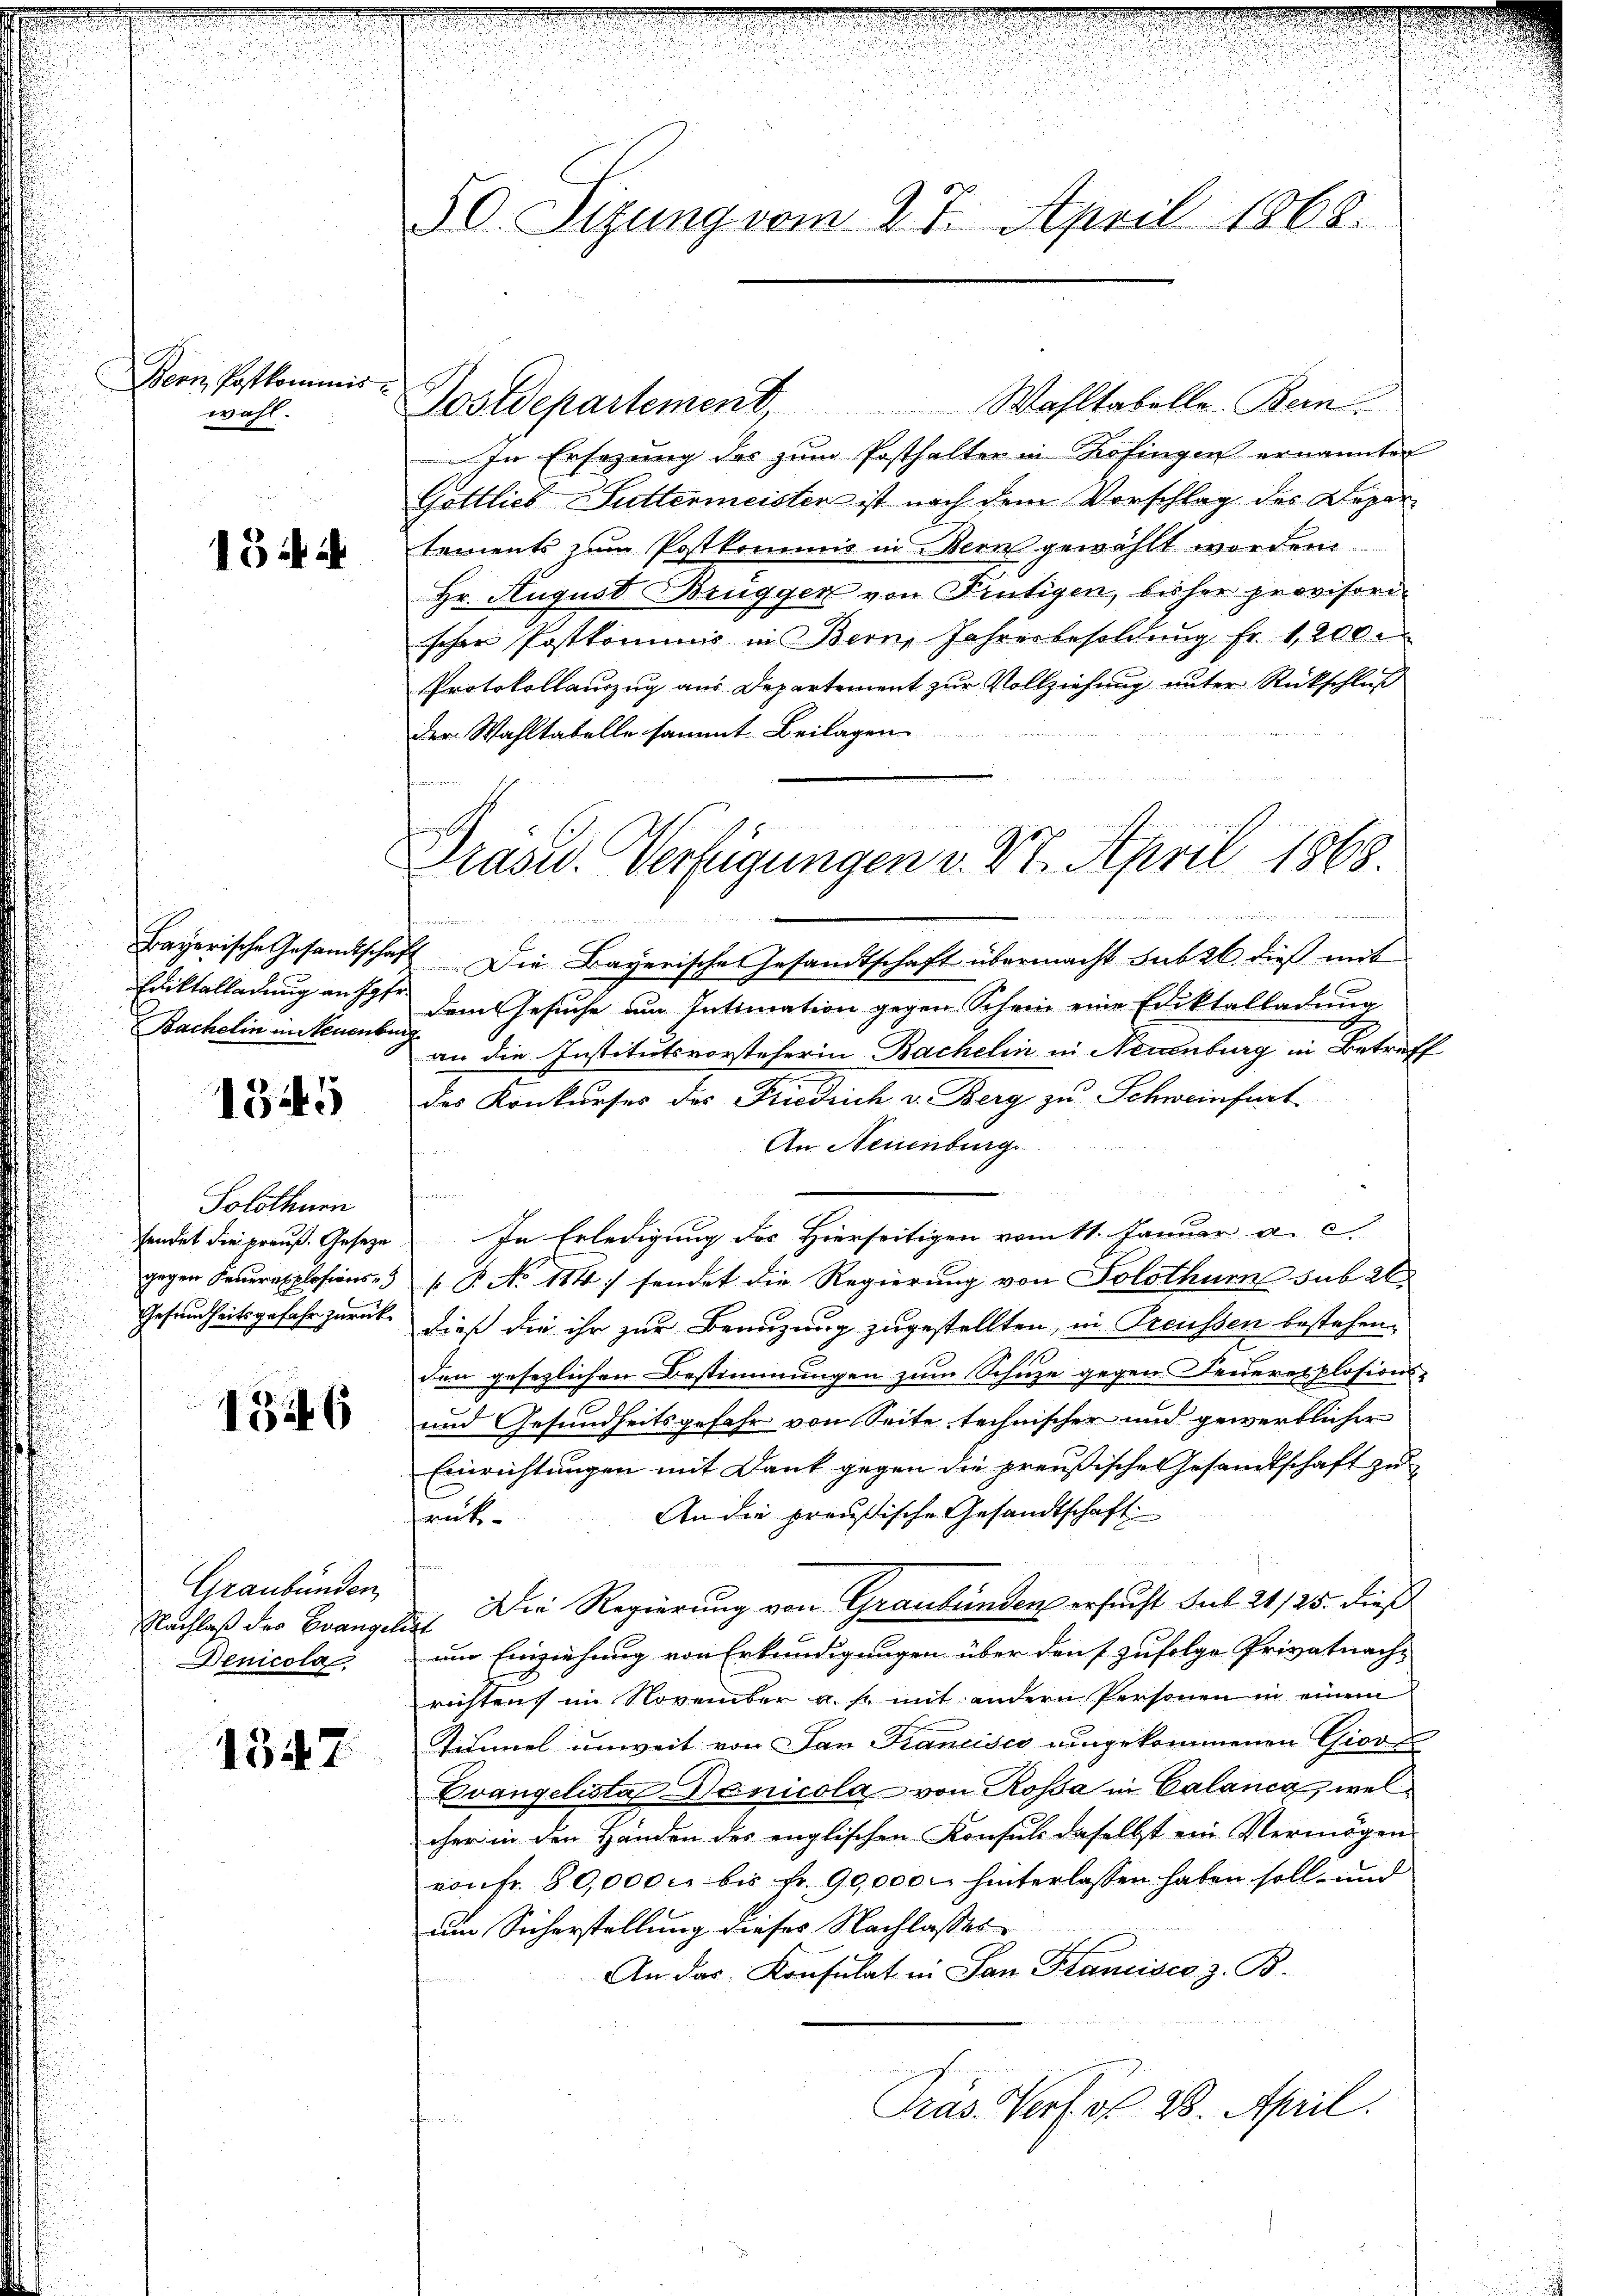
ern Postkommis
wahl.

15 f 2

Bayerische Gesandtschaf
Friktalladung an Jgfr.
Bachelin in Neuenbur

1345

Solothurn
fendet die preuß. Geseze
gegen Feuerexplosions-
Gesundheitsgefahr zurück¬

1326

Graubünden,
Nachlaß des Evange
Denicola

1347

50. Sizung vom 27. April 1868.

ie

Nostdepartement Wahltabelle Bern.
In Ersezung des zum Posthalter in Kofingen ernannten
Gottlieb Suttermeisten ist nach dem Vorschlag des Departements zum Postkommis in Bern gewählt worden.
Hr. August Brüggen von Frutigen, bisher provisorischer Postkommis in Bern, Jahresbesoldung fr. 1200
Protokollauszug aus Departement zur Vollziehung unter Rückschluß
der Wahltabelle sammt Beilagen

Die Bayerische Gesandtschaft übermacht sub 26. dieß mit
dem Gesuche am Intimation gegen Schein eine Ediktalladung
an die Institutsvorsteherin Bachelin in Neuenburg in Betriff
das Konkurses des Friedrich v. Berg zu Schweinfert
An Neuenburg.
f

In Erledigung des Hierseitigen vom 11. Januar a. c.
B No 114) sendet die Regierung von Solothurn sub 26
dieß die ihr zur Beanzung zugestellten, in Treussen bestehen,
den gesezlichen Bestimmungen zum Schutze gegen Feuerexplosions¬
und Gesundheitsgefahr von Seite technischer und gewerblicher
Einrichtungen mit Dank gegen die preußische Gesandtschaft zu
An die preußische Gesandtschaft
rük¬
Die Regierung von Graubünden ersucht sub 21/25. dieß
t
um Einziehung von Erkundigungen über den (zufolge Privatnachrichtens im November u. s. mit andern Personen in einem
Tunnel unweit von San Francisco eingekommenen Giov
Evangelista Denicolg von Rossa in Calang, welcher in den Händen des englischen Konsuls daselbst ein Vermögen
von fr. 80,000. bis Fr. 90,000. hinterlassen haben soll, und
um Sicherstellung dieses Nachlasses
An das Konsulat in San Stanisce z. B.
Pras. Verf. 28. April.

ut
Präsid. Verfügungen v. 27. April 1868.